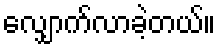
လျှောက်လာခဲ့တယ်။